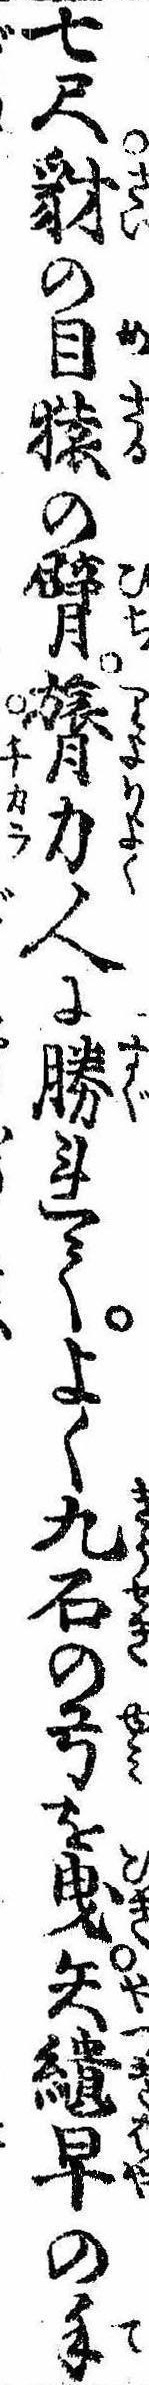
七尺豺の目猿の臂膂力人に勝れてよく九石の弓を曳矢継早の手